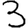
Digit: 3